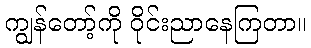
ကျွန်တော့်ကို ဝိုင်းညာနေကြတာ။